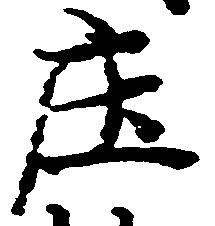
庄